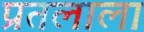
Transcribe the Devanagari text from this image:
प्रतलाला